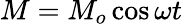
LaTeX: M=M_{o}\cos\omega t